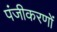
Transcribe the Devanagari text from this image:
पंजीकरणों